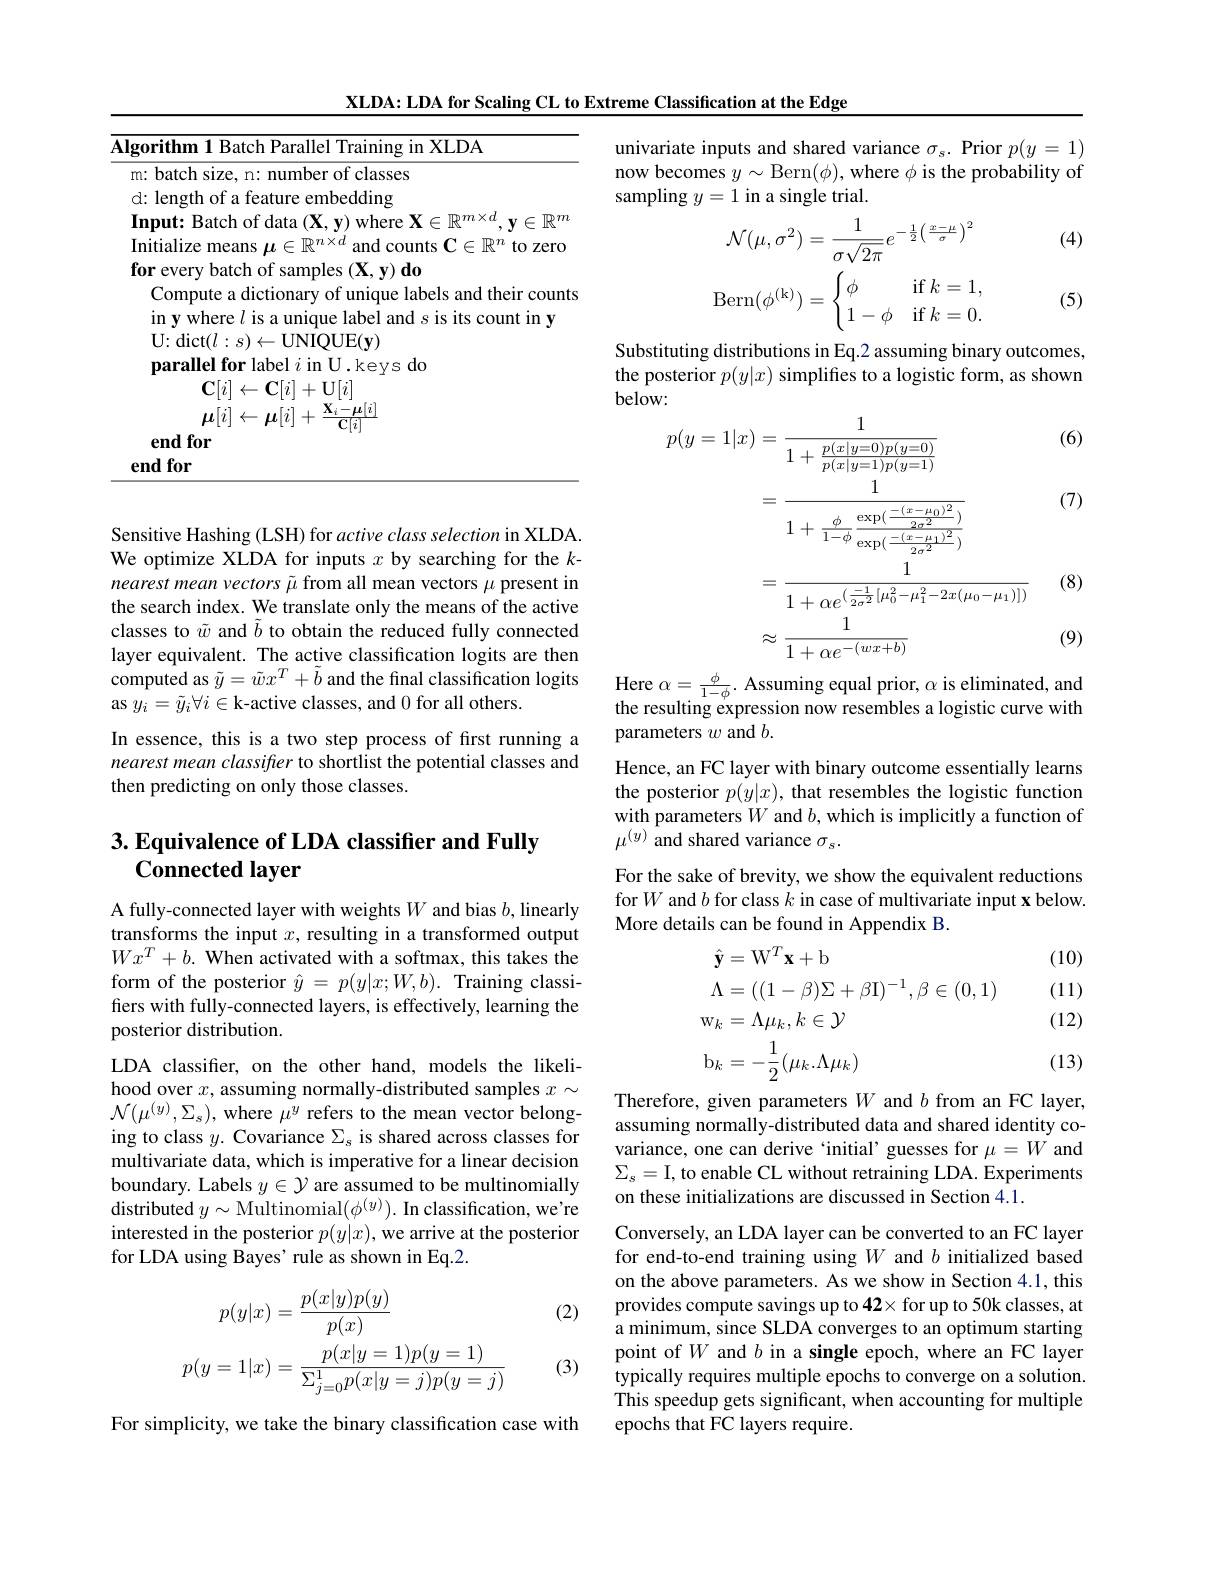
XLDA: LDA for Scaling CL to Extreme Classification at the Edge
<table>
	<tbody>
		<tr>
			<th>$\textbf{lgorithm 1 Batch Parallel Training in XLDA}$</th>
			<th>$\overline{\mathbf{Ig}}$ 1</th>
			<th>m 1 Batch Parallel Training in XLDA</th>
		</tr>
	</tbody>
</table>

Sensitive Hashing (LSH) for active class selection in XLDA. We optimize XLDA for inputs $x$ by searching for the $k-$ nearest mean vectors $\tilde{\mu}$ from all mean vectors $\mu$ present in the search index. We translate only the means of the active classes to $\tilde{w}$ and $\tilde{b}$ to obtain the reduced fully connected layer equivalent. The active classification logits are then $\hat{\text{computed as }\tilde{y}}=\tilde{w}x^T+\tilde{b}$ and the final classification logits as $y_i=\tilde{y}_i\forall i\in$k-active classes, and 0 for all others.

In essence, this is a two step process of first running a nearest mean classifter to shortlist the potential classes and then predicting on only those classes.

## $3. \textbf{Equivalence of LDA classifier and Fully}$ Connected layer

A fully-connected layer with weights $W$ and bias $b$, linearly transforms the input $x$, resulting in a transformed output $Wx^T+b.$ When activated with a softmax, this takes the form of the posterior $\hat{y}=p(y|x;W,b).$ Training classifiers with fully-connected layers, is effectively, learning the posterior distribution.

LDA classifier, on the other hand, models the likelihood over $x$, assuming normally-distributed samples $x\sim$ $\mathcal{N}(\mu^{(y)},\Sigma_{s})$,where $\mu^y$ refers to the mean vector belonging to class $y.$ Covariance $\Sigma_\mathrm{s}$ is shared across classes for multivariate data, which is imperative for a linear decision boundary. Labels $y\in\mathcal{Y}$ are assumed to be multinomially distributed $y\sim$ Multinomial$(\phi^(y)).$ In classification, we're interested in the posterior $p(y|x)$, we arrive at the posterior for LDA using Bayes' rule as shown in Eq.2.

(2)
$$\begin{aligned}p(y|x)&=\frac{p(x|y)p(y)}{p(x)}\\p(y=1|x)&=\frac{p(x|y=1)p(y=1)}{\Sigma_{j=0}^{1}p(x|y=j)p(y=j)}\end{aligned}$$
(3)

For simplicity, we take the binary classification case with

univariate inputs and shared variance $\sigma_s.$ Prior $p(y=1)$ now becomes $y\sim$Bern$(\phi)$, where $\phi$ is the probability of sampling $y=1$ in a single trial.

(4)
$$\mathcal{N}(\mu,\sigma^{2})=\frac{1}{\sigma\sqrt{2\pi}}e^{-\frac{1}{2}\left(\frac{x-\mu}{\sigma}\right)^{2}}$$
$$\mathrm{Bern}(\phi^{(k)})=\begin{cases}\phi&\mathrm{if}\:k=1,\\1-\phi&\mathrm{if}\:k=0.\end{cases}$$
(5)

Substituting distributions in Eq.2 assuming binary outcomes, the posterior $p(y|x)$ simplifies to a logistic form, as shown below:
$$\begin{aligned}p(y=1|x)&=\frac{1}{1+\frac{p(x|y=0)p(y=0)}{p(x|y=1)p(y=1)}}\\&=\frac{1}{1+\frac{\phi}{1-\phi}\frac{\exp(\frac{-(x-\mu_{0})^{2}}{2\sigma^{2}})}{\exp(\frac{-(x-\mu_{0})^{2}}{2\sigma^{2}})}}\\&=\frac{1}{1+\alpha e^{(\frac{-1}{2\sigma^{2}}[\mu_{0}^{2}-\mu_{1}^{2}-2x(\mu_{0}-\mu_{1})])}}\\&\approx\frac{1}{1+\alpha e^{-(wx+b)}}\end{aligned}$$
(6)

(7)

(8)

(9)

Here $\alpha=\frac\phi{1-\phi}.$ Assuming equal prior, $\alpha$ is eliminated, and the resulting expression now resembles a logistic curve with parameters $w$ and $b.$

Hence, an FC layer with binary outcome essentially learns the posterior $p(y|x)$, that resembles the logistic function with parameters $W$ and $b$, which is implicitly a function of $\mu^{(y)}$ and shared variance $\sigma_s.$
For the sake of brevity, we show the equivalent reductions for $W$ and $b$ for class $k$ in case of multivariate input x below. More details can be found in Appendix B.

(10) (11)
$$\begin{aligned}&\hat{\mathbf{y}}=\mathrm{W}^{T}\mathbf{x}+\mathrm{b}\\&\Lambda=((1-\beta)\Sigma+\beta\mathrm{I})^{-1},\beta\in(0,1)\\&\mathrm{w}_{k}=\Lambda\mu_{k},k\in\mathcal{Y}\\&\mathrm{b}_{k}=-\frac{1}{2}(\mu_{k}.\Lambda\mu_{k})\end{aligned}$$
(12)

(13)

Therefore, given parameters $W$ and $b$ from an FC layer, assuming normally-distributed data and shared identity covariance, one can derive `initial' guesses for $\mu=W$ and $\Sigma_{s}=$I, to enable CL without retraining LDA. Experiments on these initializations are discussed in Section 4.1.

Conversely, an LDA layer can be converted to an FC layer for end-to-end training using $W$ and $b$ initialized based on the above parameters. As we show in Section 4.1, this provides compute savings up to 42× for up to 50k classes, at a minimum, since SLDA converges to an optimum starting point of $W$ and $b$ in a single epoch, where an FC layer typically requires multiple epochs to converge on a solution. This speedup gets significant, when accounting for multiple epochs that FC layers require.